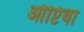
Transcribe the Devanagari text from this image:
ऑप्टिवा